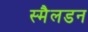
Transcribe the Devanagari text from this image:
स्मैलडन